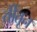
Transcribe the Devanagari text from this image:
तींतून